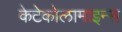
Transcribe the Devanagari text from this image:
केटेकोलामाइन्स